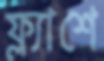
ফ্ল্যাশে